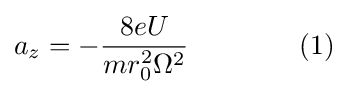
a_{z}=-{\frac {8eU}{mr_{0}^{2}\Omega ^{2}}}\qquad \qquad (1)\!